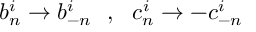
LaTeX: b _ { n } ^ { i } \rightarrow b _ { - n } ^ { i } \ \ , \ \ c _ { n } ^ { i } \rightarrow - c _ { - n } ^ { i }